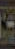
-